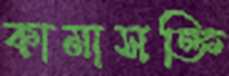
কামাসক্তি